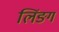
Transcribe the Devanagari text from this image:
लिंङग